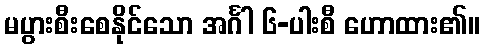
မပွားစီးစေနိုင်သော အင်္ဂါ ၆-ပါးစီ ဟောထား၏။